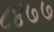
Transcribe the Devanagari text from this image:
८४७७